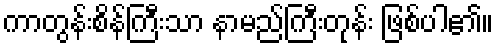
ကာတွန်းစိန်ကြီးသာ နာမည်ကြီးတုန်း ဖြစ်ပါ၏။